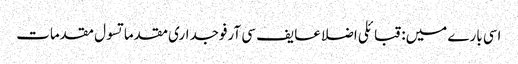
اسی بارے میں: قبائلی اضلاعایف سی آرفوجداری مقدماتسول مقدمات